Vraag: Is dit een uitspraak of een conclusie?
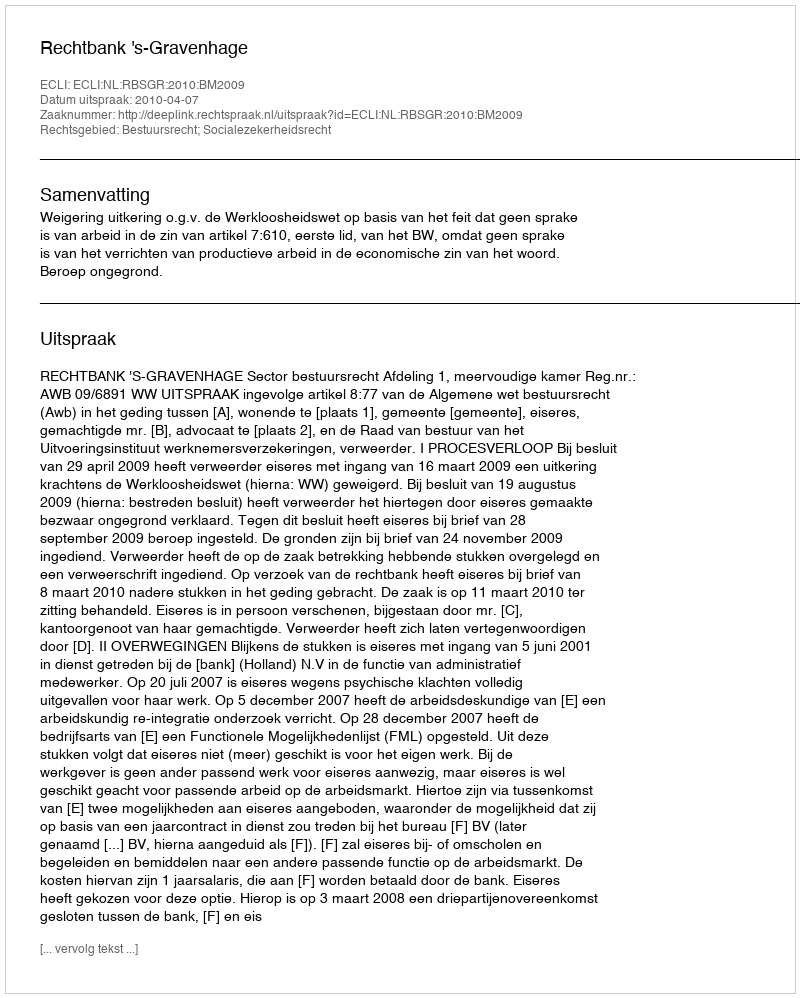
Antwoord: Uitspraak